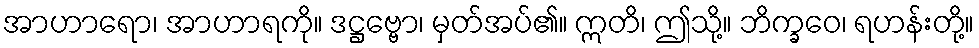
အာဟာရော၊ အာဟာရကို။ ဒဋ္ဌဗ္ဗော၊ မှတ်အပ်၏။ ဣတိ၊ ဤသို့။ ဘိက္ခဝေ၊ ရဟန်းတို့။